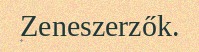
Zeneszerzők.